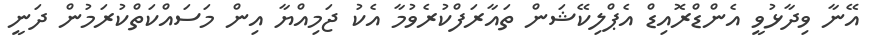
އޭނާ ވިދާޅުވީ އެންޑްރޮއިޑް އެޕްލިކޭޝަން ތައާރަފްކުރެވުމާ އެކު ޖަމިއްޔާ އިން މަސައްކަތްކުރަމުން ދަނީ